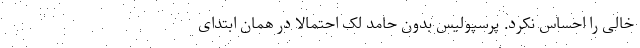
خالی را احساس نکرد. پرسپولیس بدون حامد لک احتمالاً در همان ابتدای